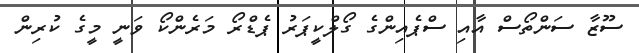
ސޫޒާ ސަންތޯސް އާއި ސްޕެއިންގެ ގޯލްކީޕަރު ޕެޑްރޯ މަރެންކޯ ވަނީ މީގެ ކުރިން